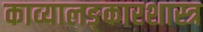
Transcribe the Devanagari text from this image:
काव्यालङ्कारशास्त्र